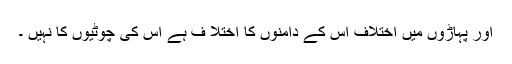
اور پہاڑوں میں اختلاف اُس کے دامنوں کا اختلا ف ہے اُس کی چوٹیوں کا نہیں ۔